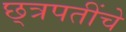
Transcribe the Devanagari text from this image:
छ्त्रपतींचे